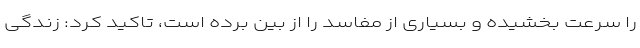
را سرعت بخشیده و بسیاری از مفاسد را از بین برده است، تاکید کرد: زندگی